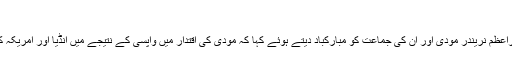
‘
امریکی صدر ڈونلڈ ٹرمپ نے اپنے پیغام میں وزیراعظم نریندر مودی اور ان کی جماعت کو مبارکباد دیتے ہوئے کہا کہ مودی کی اقتدار میں واپسی کے نتیجے میں انڈیا اور امریکہ کی شراکت کے حوالے سے بہترین چیزیں ہوں گی۔